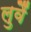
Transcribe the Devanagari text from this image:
लुवैं